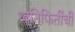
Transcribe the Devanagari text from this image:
ध्वनिफितींची